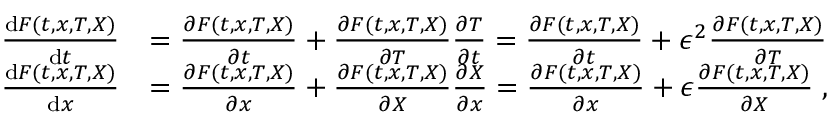
\begin{array} { r l } { \frac { \mathrm { d } F ( t , x , T , X ) } { \mathrm { d } t } } & { = \frac { \partial F ( t , x , T , X ) } { \partial t } + \frac { \partial F ( t , x , T , X ) } { \partial T } \frac { \partial T } { \partial t } = \frac { \partial F ( t , x , T , X ) } { \partial t } + \epsilon ^ { 2 } \frac { \partial F ( t , x , T , X ) } { \partial T } } \\ { \frac { \mathrm { d } F ( t , x , T , X ) } { \mathrm { d } x } } & { = \frac { \partial F ( t , x , T , X ) } { \partial x } + \frac { \partial F ( t , x , T , X ) } { \partial X } \frac { \partial X } { \partial x } = \frac { \partial F ( t , x , T , X ) } { \partial x } + \epsilon \frac { \partial F ( t , x , T , X ) } { \partial X } \; , } \end{array}